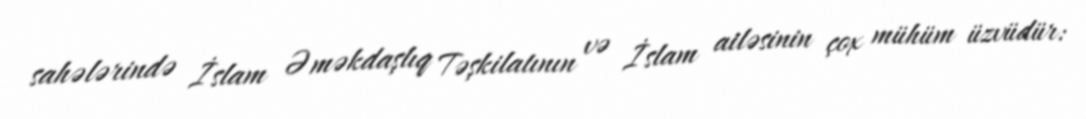
sahələrində İslam Əməkdaşlıq Təşkilatının və İslam ailəsinin çox mühüm üzvüdür: